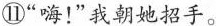
⑪“嗨！”我朝她招手